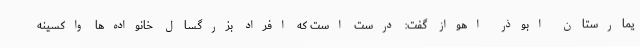
یمارستان ابوذر اهواز گفت: درست است که افراد بزرگسال خانواده‌ها واکسینه